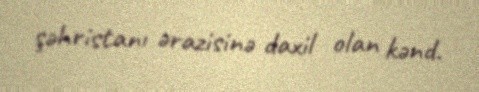
şəhristanı ərazisinə daxil olan kənd.